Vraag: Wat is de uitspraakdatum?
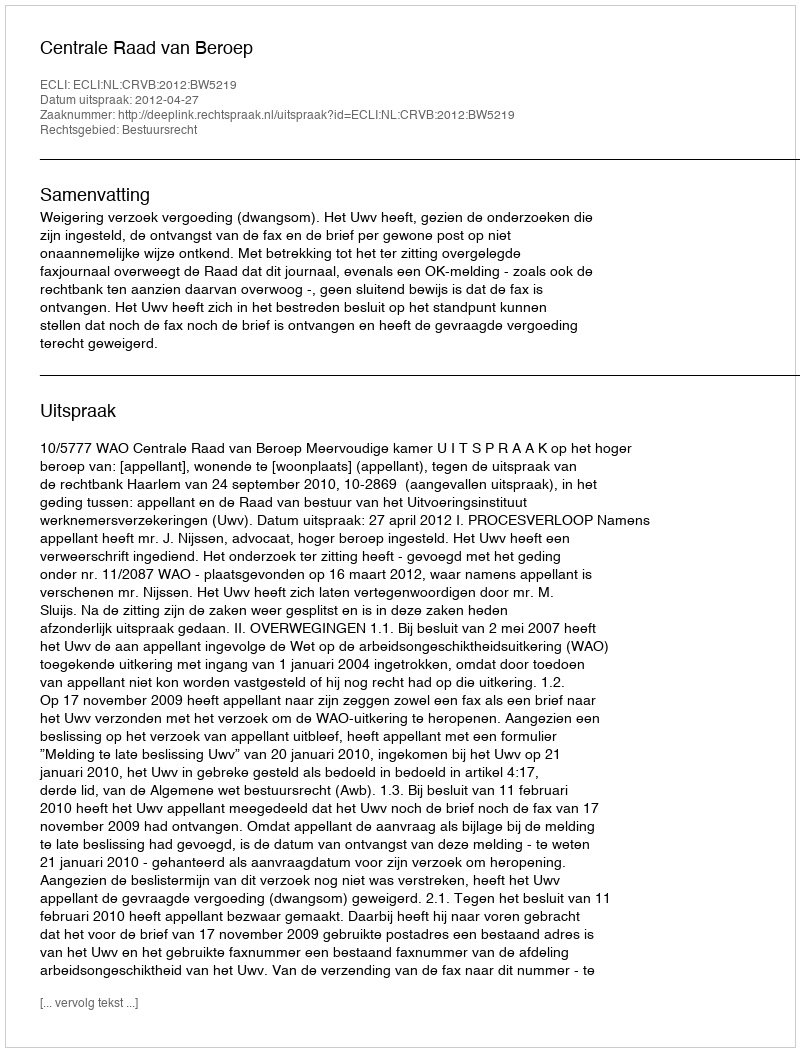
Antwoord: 2012-04-27